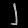
Digit: ၂